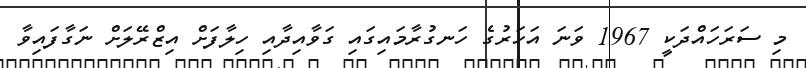
މި ސަރަހައްދަކީ 1967 ވަނަ އަހަރުގެ ހަނގުރާމައިގައި ގަވާއިދާއި ހިލާފަށް އިޒްރޭލަށް ނަގާފައިވާ